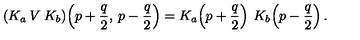
( K _ { a } \: V \: K _ { b } ) \! \left( p + \frac { q } { 2 } , \: p - \frac { q } { 2 } \right) = K _ { a } \! \left( p + \frac { q } { 2 } \right) \: K _ { b } \! \left( p - \frac { q } { 2 } \right) .